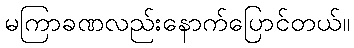
မကြာခဏလည်းနောက်ပြောင်တယ်။